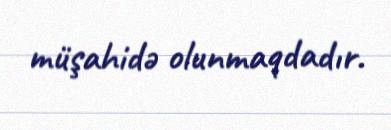
müşahidə olunmaqdadır.